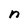
Character: n